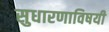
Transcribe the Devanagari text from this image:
सुधारणाविषयी